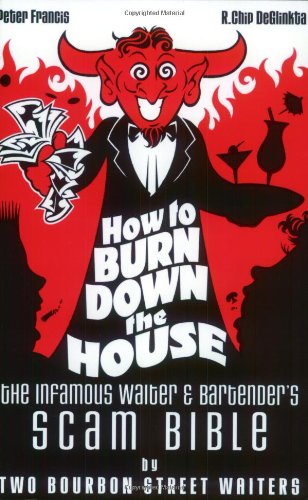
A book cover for How to Burn Down the House: The Infamous Waiter and Bartender's Scam Bible by Two Bourbon Street Waiters; Peter Francis; Humor & Entertainment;